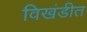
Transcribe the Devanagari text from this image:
विखंडीत